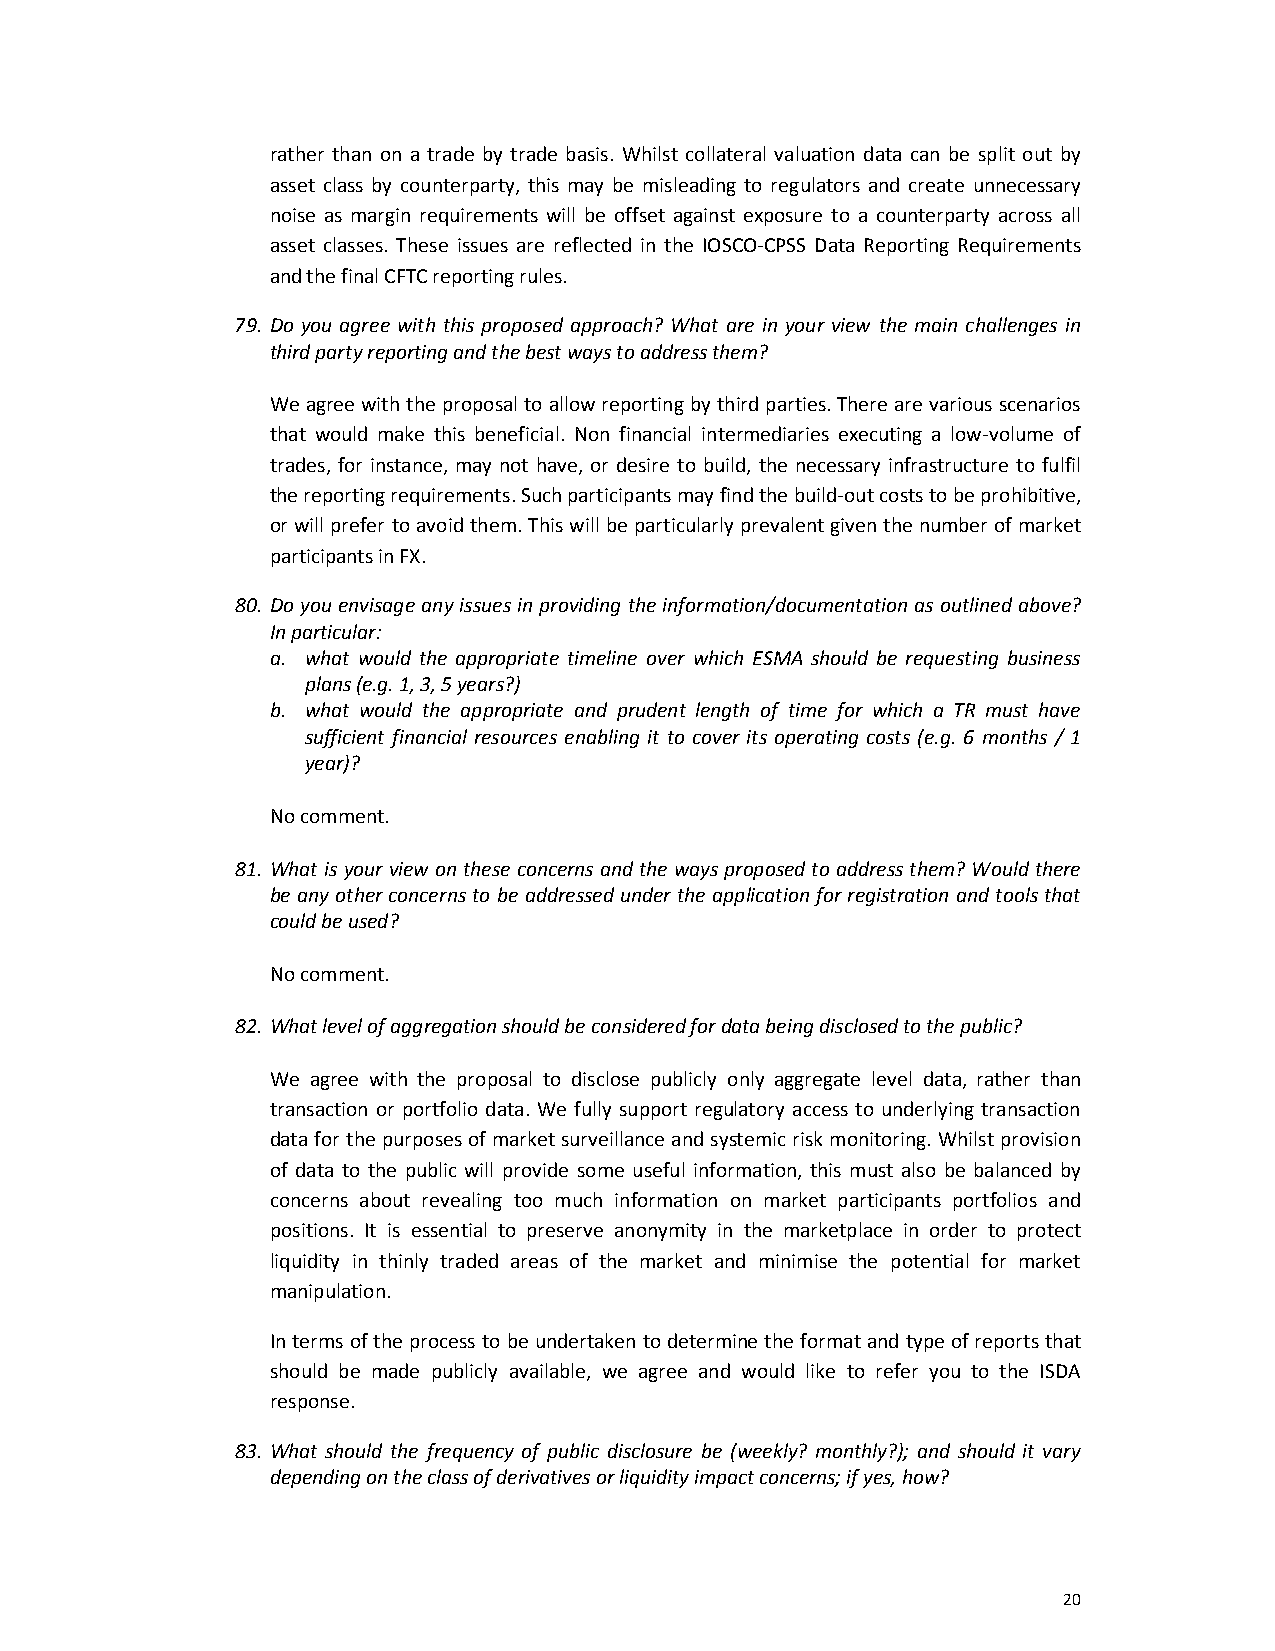
rather than on a trade by trade basis. Whilst collateral valuation data can be split out by
 asset class by counterparty, this may be misleading to regulators and create unnecessary
 noise as margin requirements will be offset against exposure to a counterparty across all
 asset classes. These issues are reflected in the IOSCO-CPSS Data Reporting Requirements
 and the final CFTC reporting rules.
 79. Do you agree with this proposed approach? What are in your view the main challenges in
 third party reporting and the best ways to address them?
 We agree with the proposal to allow reporting by third parties. There are various scenarios
 that would make this beneficial. Non financial intermediaries executing a low-volume of
 trades, for instance, may not have, or desire to build, the necessary infrastructure to fulfil
 the reporting requirements. Such participants may find the build-out costs to be prohibitive,
 or will prefer to avoid them. This will be particularly prevalent given the number of market
 participants in FX.
 80. Do you envisage any issues in providing the information/documentation as outlined above?
 In particular:
 a. what would the appropriate timeline over which ESMA should be requesting business
 plans (e.g. 1, 3, 5 years?)
 b. what would the appropriate and prudent length of time for which a TR must have
 sufficient financial resources enabling it to cover its operating costs (e.g. 6 months / 1
 year)?
 No comment.
 81. What is your view on these concerns and the ways proposed to address them? Would there
 be any other concerns to be addressed under the application for registration and tools that
 could be used?
 No comment.
 82. What level of aggregation should be considered for data being disclosed to the public?
 We agree with the proposal to disclose publicly only aggregate level data, rather than
 transaction or portfolio data. We fully support regulatory access to underlying transaction
 data for the purposes of market surveillance and systemic risk monitoring. Whilst provision
 of data to the public will provide some useful information, this must also be balanced by
 concerns about revealing too much information on market participants portfolios and
 positions. It is essential to preserve anonymity in the marketplace in order to protect
 liquidity in thinly traded areas of the market and minimise the potential for market
 manipulation.
 In terms of the process to be undertaken to determine the format and type of reports that
 should be made publicly available, we agree and would like to refer you to the ISDA
 response.
 83. What should the frequency of public disclosure be (weekly? monthly?); and should it vary
 depending on the class of derivatives or liquidity impact concerns; if yes, how?
 20